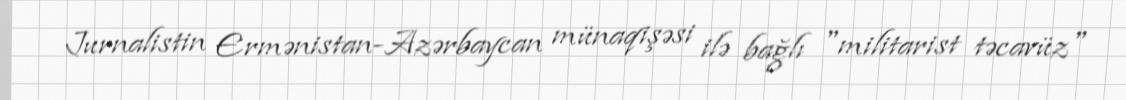
Jurnalistin Ermənistan-Azərbaycan münaqişəsi ilə bağlı "militarist təcavüz"